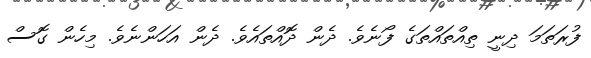
ފުރަތަމަ ދިނީ ތިއްތައްތަގެ ފޯނެވެ. ދެން ދޮއްތައެވެ. ދެން އަހަންނެވެ. މިހެން ގޮސް